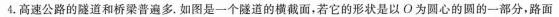
4.高速公路的隧道和桥梁普遍多，如图是一个隧道的横截面，若它的形状是以O为圆心的圆的一部分，路面